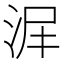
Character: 𣴅